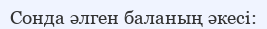
Сонда әлген баланың әкесі: